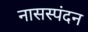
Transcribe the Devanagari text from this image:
नासस्पंदन